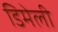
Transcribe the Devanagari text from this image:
डिमेली